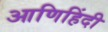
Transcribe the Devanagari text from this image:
आणिहिंदी